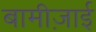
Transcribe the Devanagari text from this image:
बामीज़ाई